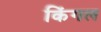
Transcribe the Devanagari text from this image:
किंगल